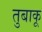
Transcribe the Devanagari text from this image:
तुबाकू